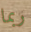
ربما